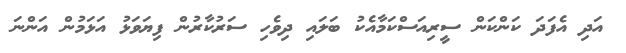
އަދި އެފަދަ ކަންކަން ސީރިއަސްކަމާއެކު ބަލައި ދިވެހި ސަރުކާރުން ފިޔަވަޅު އަޅަމުން އަންނަ